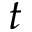
t